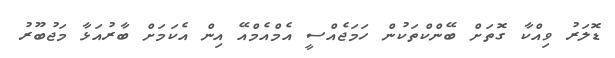
ޑޮލަރު ވިއްކާ ގޮތަށް ބޭންކްތަކުން ހަމަޖެއްސީ އެމްއެމްއޭ އިން އެކަމަށް ބާރުއަޅާ މަޖުބޫރު